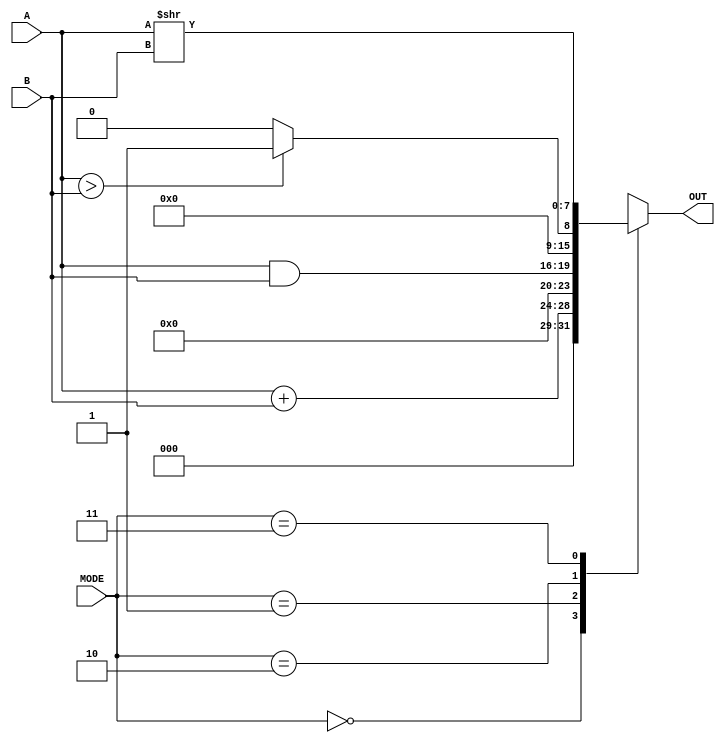
module ALU( OUT, A, B, MODE);


//############
// your design
//############
	input [3:0]A,B;
	input [1:0]MODE;
	output reg [7:0]OUT;
	always@(A or B or MODE)
	begin
	  case(MODE)
		2'b00:  OUT=A+B;
		2'b01:  OUT=A&B;
		2'b10:  if(A>B) OUT=8'b00000001;
			else    OUT=8'b00000000;  
		2'b11:  OUT=A>>B;
	  endcase
	end





endmodule